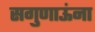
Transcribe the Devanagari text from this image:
सगुणाऊंना